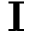
\mathbf { I }